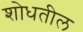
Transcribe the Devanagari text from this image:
शोधतील